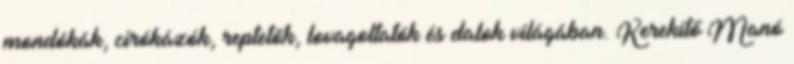
mondókák, cirókázók, reptetők, lovagoltatók és dalok világában. Kerekítő Manó